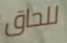
للحاق